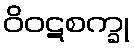
ဝိဝဋစက္ခု